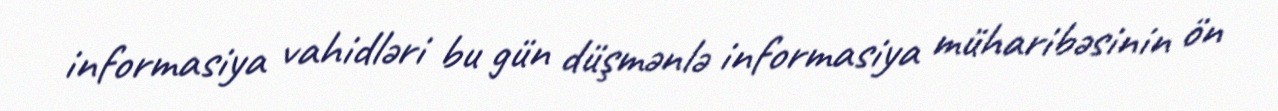
informasiya vahidləri bu gün düşmənlə informasiya müharibəsinin ön